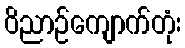
ဝိညာဉ်ကျောက်တုံး